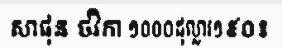
សាផុន ថវិកា ១០០០ដុល្លារ១៩០៖